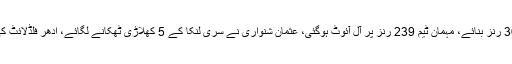
پاکستان نے بابر اعظم کی سنچری کی بدولت 305 رنز بنائے، مہمان ٹیم 239 رنز پر آل آئوٹ ہوگئی، عثمان شنواری نے سری لنکا کے 5 کھلاڑی ٹھکانے لگائے، ادھر فلڈلائٹ کی خرابی پر کھیل بار بار تعطل کا شکار ہوتا رہا۔